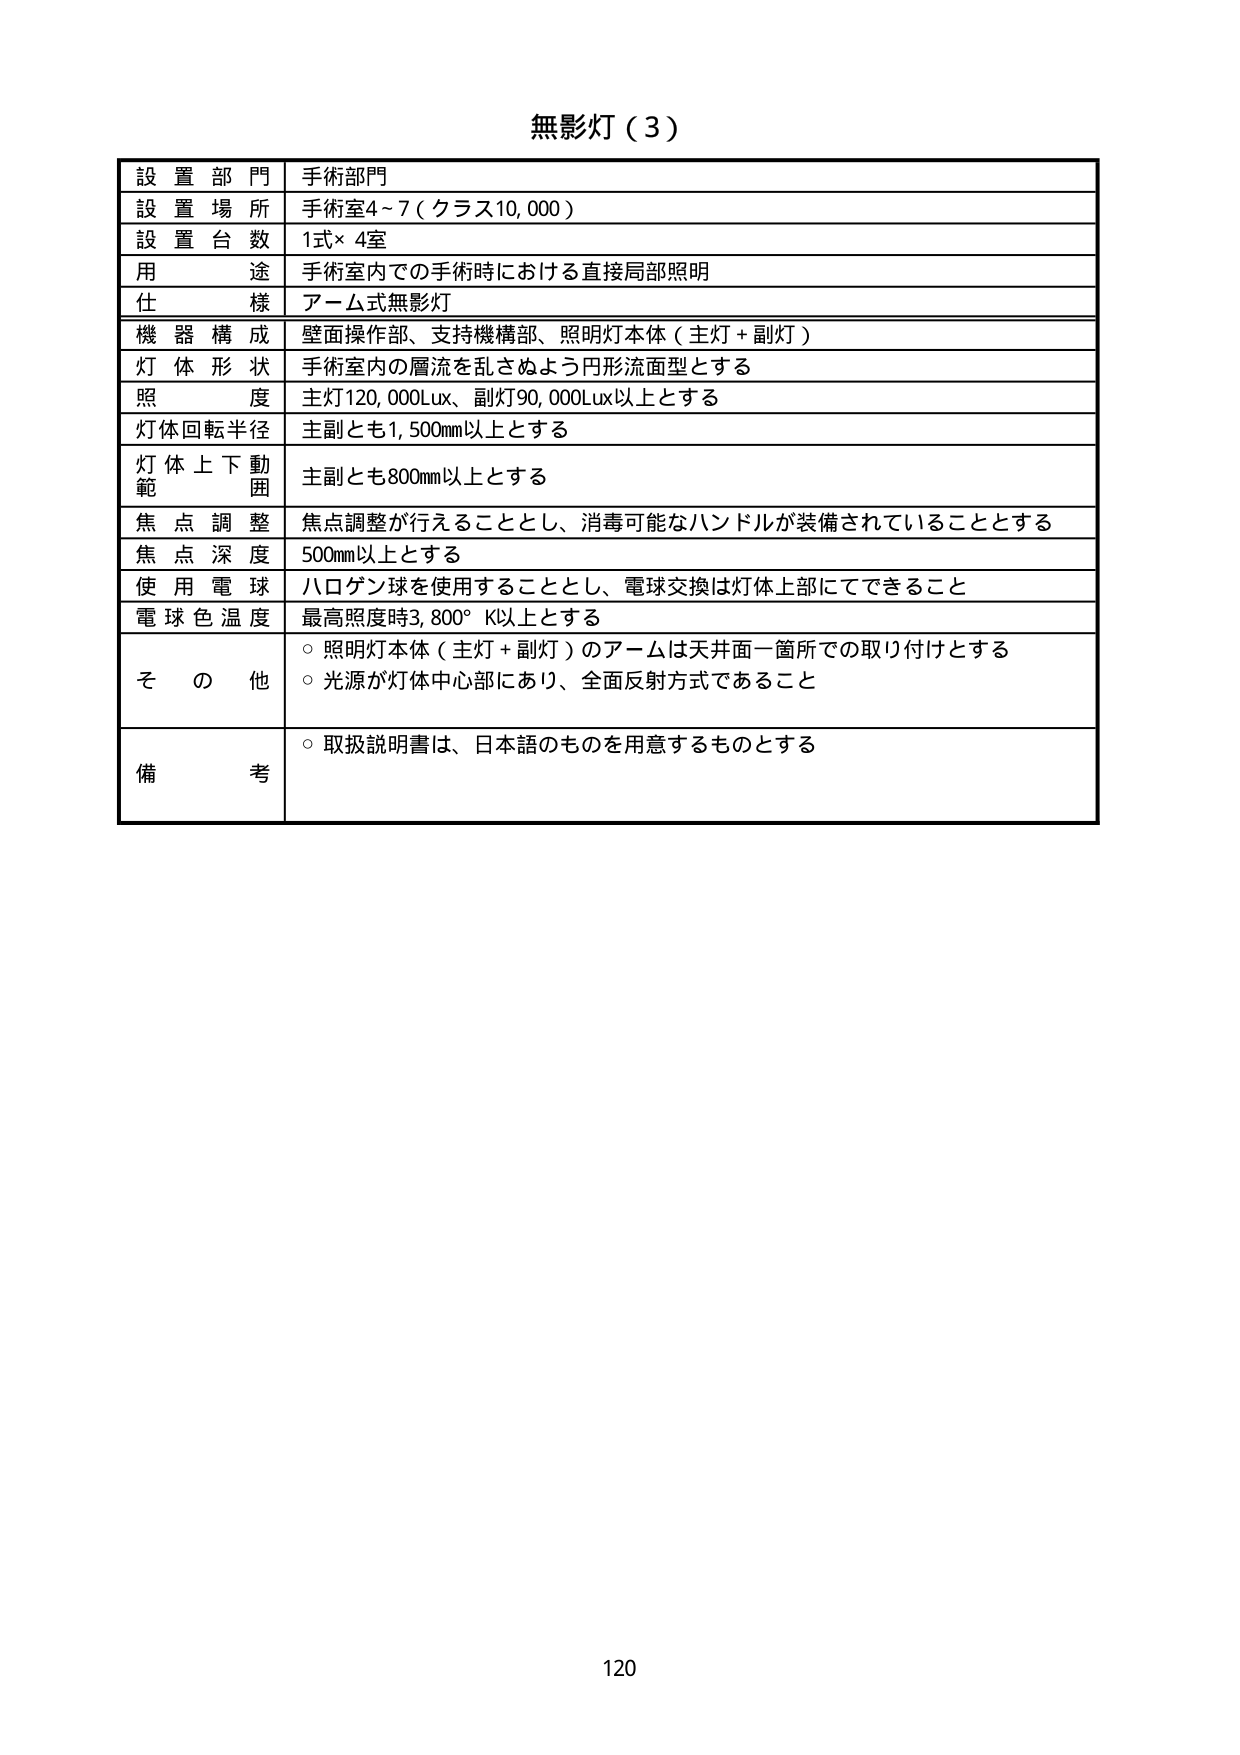
無影灯（3）

設置部門　手術部門
設置場所　手術室4～7（クラス10,000）
設置台数　1式×4室
用途　手術室内での手術時における直接局部照明
仕様　アーム式無影灯
機器構成　壁面操作部、支持機構部、照明灯本体（主灯＋副灯）
灯体形状　手術室内の層流を乱さぬよう円形流面型とする
照度　主灯120,000Lux、副灯90,000Lux以上とする
灯体回転半径　主副とも1,500mm以上とする
灯体上下動範囲　主副とも800mm以上とする
焦点調整　焦点調整が行えることとし、消毒可能なハンドルが装備されていることとする
焦点深度　500mm以上とする
使用電球　ハロゲン球を使用することとし、電球交換は灯体上部にてできること
電球色温度　最高照度時3,800°K以上とする
その他
　○ 照明灯本体（主灯＋副灯）のアームは天井面一箇所での取り付けとする
　○ 光源が灯体中心部にあり、全面反射方式であること
備考
　○ 取扱説明書は、日本語のものを用意するものとする

120